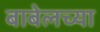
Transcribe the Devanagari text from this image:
बाबेलच्या